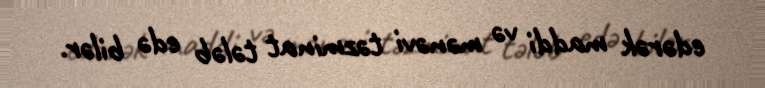
edərək maddi və mənəvi təzminat tələb edə bilər.